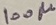
Text: 100µ